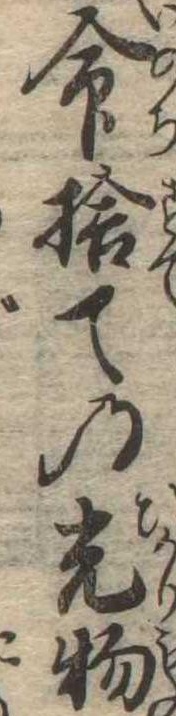
命捨ての光物